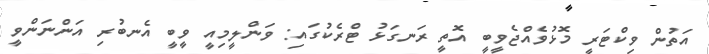
އަތުން ވިކްޓަރީ މޮޅުވެއްޖެވީބީ އޮތީ ރަނގަޅު ޓްރެކުގައި: ވަންލީމިއީ ވީބީ އެނބުރި އަންނަންވީ